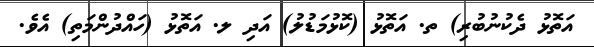
އަތޮޅު ދެކުނުބުރި) ތ. އަތޮޅު (ކޮޅުމަޑުލު) އަދި ލ. އަތޮޅު (ހައްދުންމަތި) އެވެ.